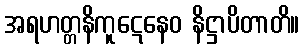
အရဟတ္တနိကူဋေနေဝ နိဋ္ဌာပိတာတိ။